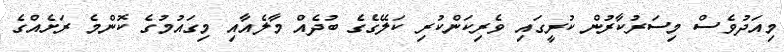
މިއަދުވެސް މިސަރުކާރުން ކުރީގައި ވެރިކަންކުރި ކަލޭގެގެ ބުދެއް މާލެއާއި މިގައުމުގެ ކޮންމެ ރަށެއްގެ